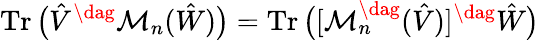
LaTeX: \operatorname{Tr}\big(\hat{V}^{\dag}\mathcal{M}_{n}(\hat{W})\big)=\operatorname{Tr}\big([\mathcal{M}_{n}^{\dag}(\hat{V})]^{\dag}\hat{W}\big)